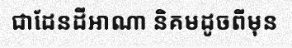
ជាដែនដីអាណា និគមដូចពីមុន